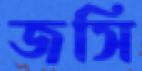
জসি